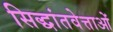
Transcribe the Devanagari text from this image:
सिद्धांतवेत्ताओं